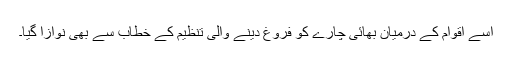
اسے اقوام کے درمیان بھائی چارے کو فروغ دینے والی تنظیم کے خطاب سے بھی نوازا گیا۔